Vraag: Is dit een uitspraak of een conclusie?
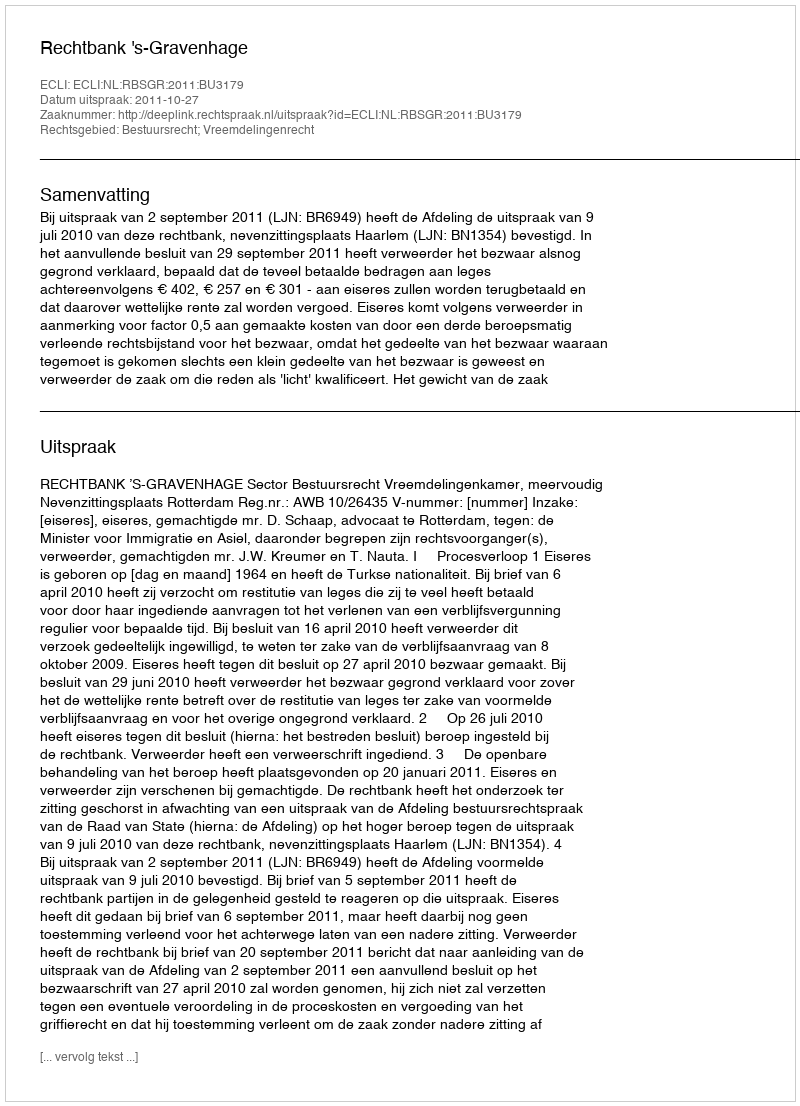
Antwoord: Uitspraak